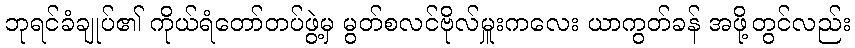
ဘုရင်ခံချုပ်၏ ကိုယ်ရံတော်တပ်ဖွဲ့မှ မွတ်စလင်ဗိုလ်မှူးကလေး ယာကွတ်ခန် အဖို့တွင်လည်း